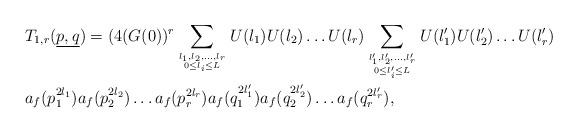
LaTeX: \begin{align*}&T_{1,r}(\underline{p,q}) = (4(G(0))^r\sum_{l_1,l_2,\dots, l_r \atop {0 \leq l_i \leq L}}U(l_1)U(l_2)\dots U(l_r) \sum_{l_1',l_2',\dots, l_r' \atop {0 \leq l_i' \leq L}}U(l_1')U(l_2')\dots U(l_r') \\&a_f(p_1^{2l_1})a_f(p_2^{2l_2})\dots a_f(p_r^{2l_r})a_f(q_1^{2l_1'})a_f(q_2^{2l_2'})\dots a_f(q_r^{2l_r'}),\\\end{align*}